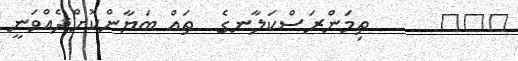
١٧٤      ތިމަންރަސްކަލާނގެ  ތައް ބަޔާންކޮށްދެއްވަނީ